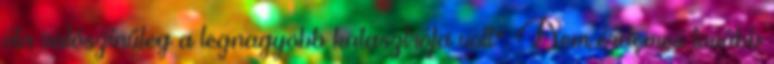
óta valószínűleg a legnagyobb katasztrófa volt". Nem érdemes tovább